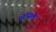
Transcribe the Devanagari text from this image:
पोंसिलेट